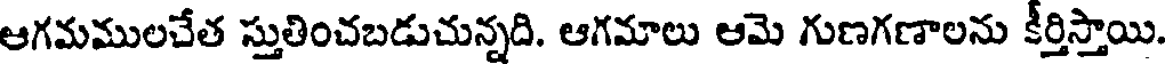
ఆగమములచేత స్తుతించబడుచున్నది. ఆగమాలు ఆమె గుణగణాలను కీర్తిస్తాయి.